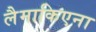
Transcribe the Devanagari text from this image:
लैमाकिएना